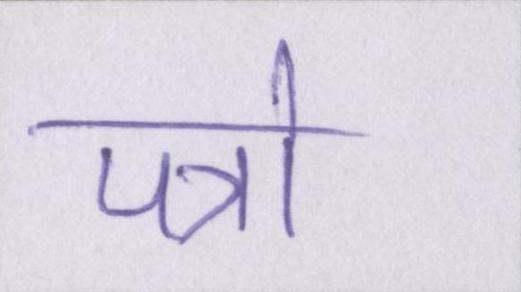
पत्रो